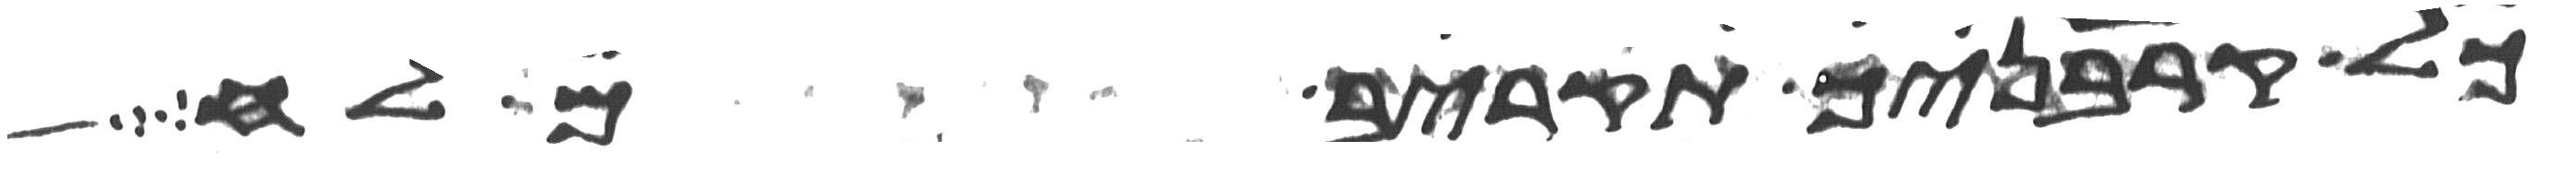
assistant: כל קרבניך תקריב מלח